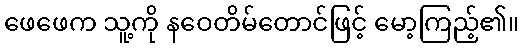
ဖေဖေက သူ့ကို နဝေတိမ်တောင်ဖြင့် မော့ကြည့်၏။